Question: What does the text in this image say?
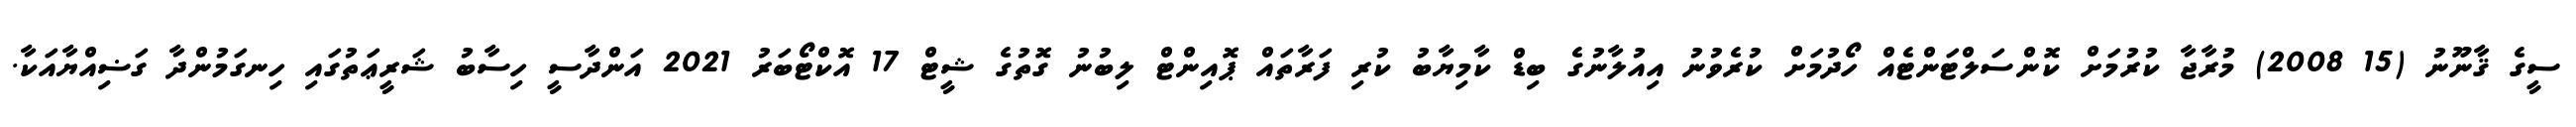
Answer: ސީގެ ޤާނޫނު (15 2008) މުރާޖާ ކުރުމަށް ކޮންސަލްޓަންޓެއް ހޯދުމަށް ކުރެވުނު އިއުލާނުގެ ބިޑް ކާމިޔާބު ކުރި ފަރާތައް ޕޮއިންޓް ލިބުނު ގޮތުގެ ޝީޓް 17 އޮކްޓޯބަރު 2021 އަންދާސީ ހިސާބު ޝަރީޢަތުގައި ހިނގަމުންދާ ގަޟިއްޔާއަކާ.